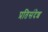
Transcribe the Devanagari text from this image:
प्रतिसंदेश